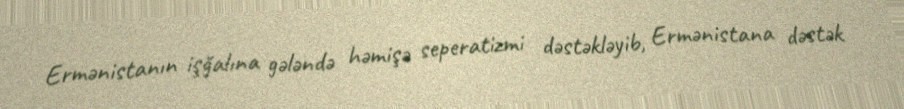
Ermənistanın işğalına gələndə həmişə seperatizmi dəstəkləyib, Ermənistana dəstək